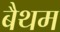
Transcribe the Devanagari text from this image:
बैथम